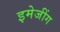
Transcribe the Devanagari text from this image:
इमेजींग